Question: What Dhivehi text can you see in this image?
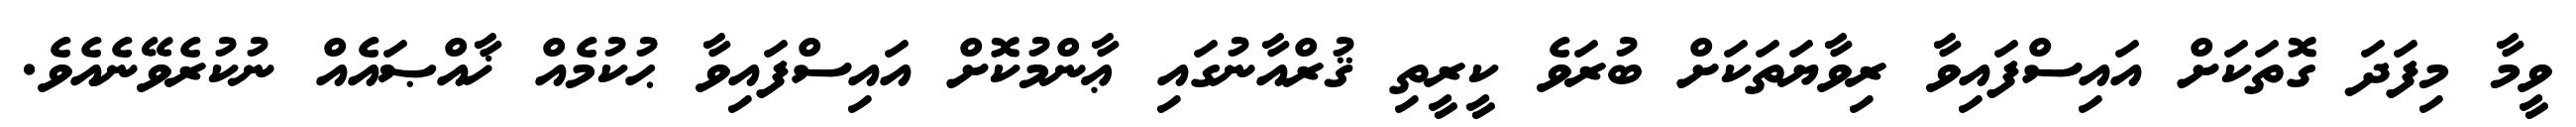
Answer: ވީމާ މިފަދަ ގޮތަކަށް އައިސްފައިވާ ރިވާޔަތަކަށް ބުރަވެ ކީރީތި ޤުރްއާނުގައި ޢާންމުކޮށް އައިސްފައިވާ ޙުކުމެއް ޚާއްޞައެއް ނުކުރެވޭނެއެވެ.